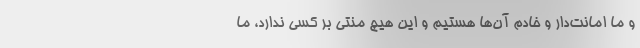
و ما امانت‌دار و خادم آن‌ها هستیم و این هیچ منتی بر کسی ندارد، ما